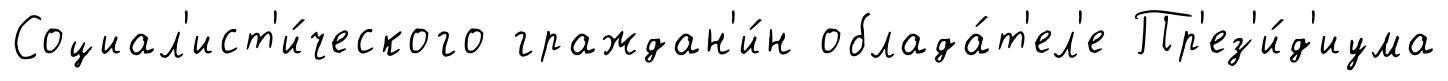
Социал'ист'и́ческого граждан'и́н облада́т'ел'е Пр'ез'и́д'иума